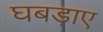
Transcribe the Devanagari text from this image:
घबड़ाए